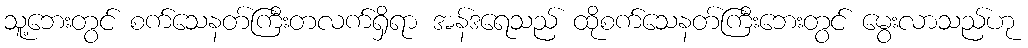
သူ့ဘေးတွင် စက်သေနတ်ကြီးတလက်ရှိရာ အန်ဒရေသည် ထိုစက်သေနတ်ကြီးဘေးတွင် မွေးလာသည်ဟု